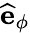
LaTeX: \textbf{\^ {e}}_{\phi}